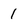
Character: 1